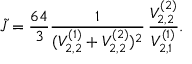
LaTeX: \tilde { J } = \frac { 6 4 } { 3 } \frac { 1 } { ( { \cal V } _ { 2 , 2 } ^ { ( 1 ) } + { \cal V } _ { 2 , 2 } ^ { ( 2 ) } ) ^ { 2 } } \, \frac { { \cal V } _ { 2 , 2 } ^ { ( 2 ) } } { { \cal V } _ { 2 , 1 } ^ { ( 1 ) } } .